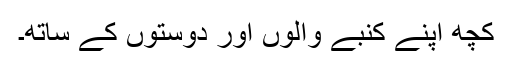
کچھ اپنے کنبے والوں اور دوستوں کے ساتھ۔